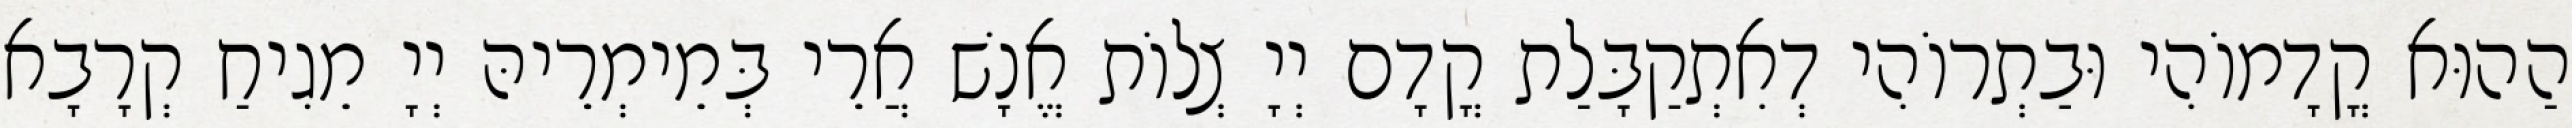
הַהוּא קֳדָמוֹהִי וּבַתְרוֹהִי דְאִתְקַבָּלַת קֳדָם יְיָ צְלוֹת אֱנָשׁ אֲרֵי בְּמֵימְרֵיהּ יְיָ מֵגִיחַ קְרָבָא